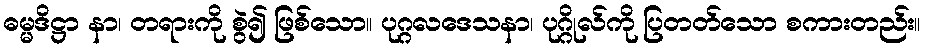
ဓမ္မဒိဋ္ဌာ နာ၊ တရားကို စွဲ၍ ဖြစ်သော။ ပုဂ္ဂလဒေသနာ၊ ပုဂ္ဂိုလ်ကို ပြတတ်သော စကားတည်း။